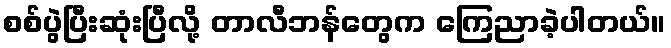
စစ်ပွဲပြီးဆုံးပြီလို့ တာလီဘန်တွေက ကြေညာခဲ့ပါတယ်။